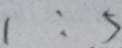
1 : 5